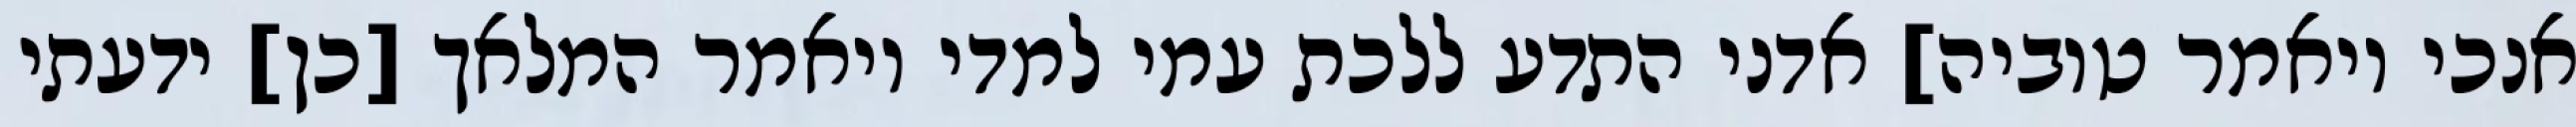
אנכי ויאמר טוביה] אדני התדע ללכת עמי למדי ויאמר המלאך [כן] ידעתי